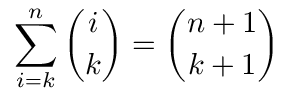
\sum _ { i = k } ^ { n } { \binom { i } { k } } = { \binom { n + 1 } { k + 1 } }